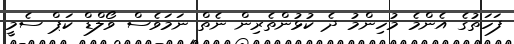
ފަހަތުގެ އެންމެ މުހިންމު ދެ ކުޅުންތެރިން ނެތް ނަމަވެސް ވޯލްޑް ކަޕް ސެމީ